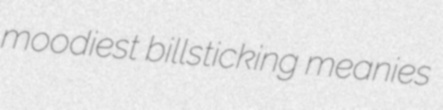
moodiest billsticking meanies